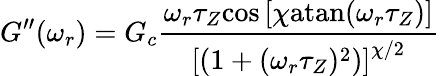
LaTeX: G^{\prime\prime}(\omega_{r})=G_{c}\frac{\omega_{r}\tau_{Z}\textrm{cos}\left[\chi\textrm{atan}(\omega_{r}\tau_{Z})\right]}{\left[(1+(\omega_{r}\tau_{Z})^{2})\right]^{\chi/2}}